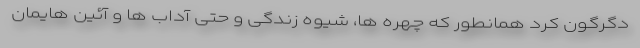
دگرگون کرد همانطور که چهره ها، شیوه زندگی و حتی آداب ها و آئین هایمان